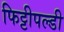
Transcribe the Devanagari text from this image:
फिट्टीपल्डी